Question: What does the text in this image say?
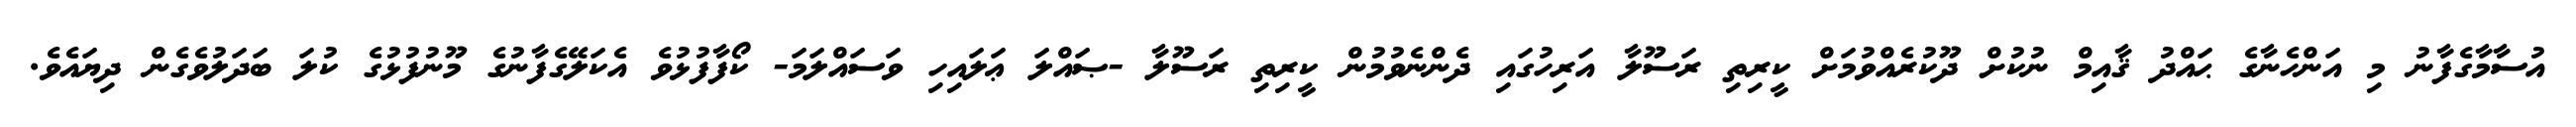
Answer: އުސާމާގެފާނު މި އަންހެނާގެ ޙައްދު ޤާއިމް ނުކުށް ދޫކުރެއްވުމަށް ކީރިތި ރަސޫލާ އަރިހުގައި ދެންނެވުމުން ކީރިތި ރަސޫލާ -ޞައްލަ ޢަލައިހި ވަސައްލަމަ- ކޯފާފުޅުވެ އެކަލޭގެފާނުގެ މޫނުފުޅުގެ ކުލަ ބަދަލުވެގެން ދިޔައެވެ.